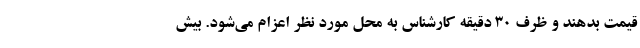
قیمت بدهند و ظرف ۳۰ دقیقه کارشناس به محل مورد نظر اعزام می‌شود. بیش